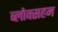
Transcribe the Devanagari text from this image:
ब्लोक्सहम